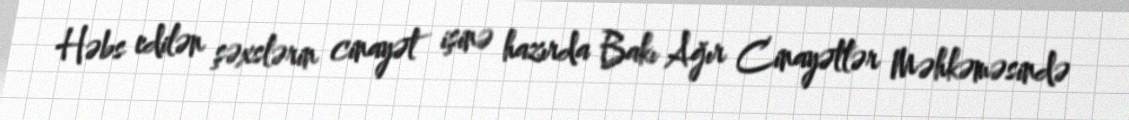
Həbs edilən şəxslərin cinayət işinə hazırda Bakı Ağır Cinayətlər Məhkəməsində